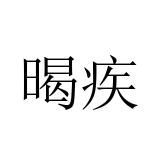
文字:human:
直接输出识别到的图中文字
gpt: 暍疾